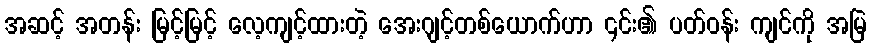
အဆင့် အတန်း မြင့်မြင့် လေ့ကျင့်ထားတဲ့ အေးဂျင့်တစ်ယောက်ဟာ ၎င်း၏ ပတ်ဝန်း ကျင်ကို အမြဲ